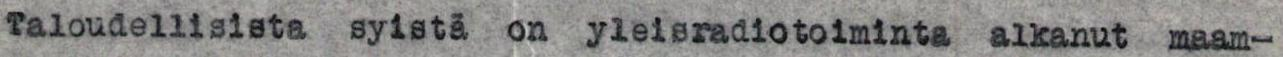
Taloudellisista syistä on yleisradiotoiminta alkanut maam-